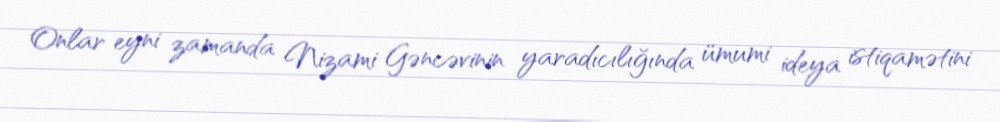
Onlar eyni zamanda Nizami Gəncəvinin yaradıcılığında ümumi ideya istiqamətini